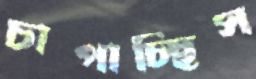
চাপাচ্ছিস